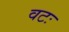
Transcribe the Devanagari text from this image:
वटः